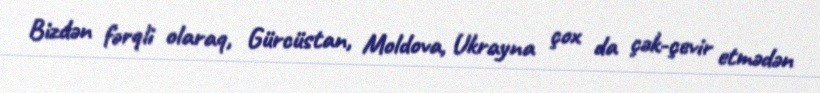
Bizdən fərqli olaraq, Gürcüstan, Moldova, Ukrayna çox da çək-çevir etmədən